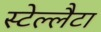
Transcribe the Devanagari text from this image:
स्टेल्लैटा